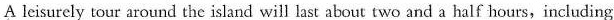
A leisurely tour around the island will last about two and a half hours,including